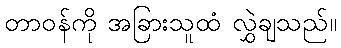
တာဝန်ကို အခြားသူထံ လွှဲချသည်။